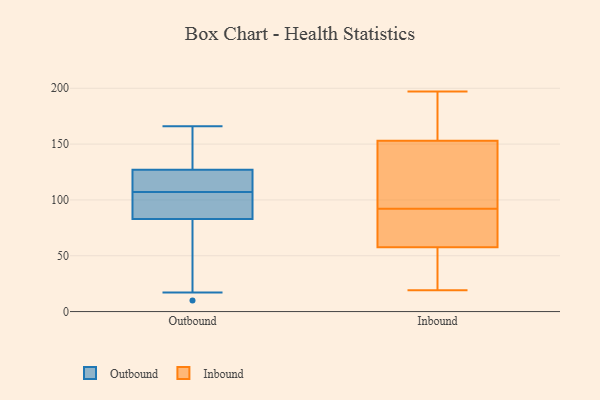
{"axis": {"x": "Budget (USD K)", "y": "Value"}, "legend": ["Inbound", "Outbound"], "data": [{"x": "", "y": 125, "type": "Outbound"}, {"x": "", "y": 166, "type": "Outbound"}, {"x": "", "y": 97, "type": "Outbound"}, {"x": "", "y": 89, "type": "Outbound"}, {"x": "", "y": 92, "type": "Outbound"}, {"x": "", "y": 119, "type": "Outbound"}, {"x": "", "y": 10, "type": "Outbound"}, {"x": "", "y": 65, "type": "Outbound"}, {"x": "", "y": 107, "type": "Outbound"}, {"x": "", "y": 110, "type": "Outbound"}, {"x": "", "y": 119, "type": "Outbound"}, {"x": "", "y": 63, "type": "Outbound"}, {"x": "", "y": 136, "type": "Outbound"}, {"x": "", "y": 17, "type": "Outbound"}, {"x": "", "y": 163, "type": "Outbound"}, {"x": "", "y": 90, "type": "Outbound"}, {"x": "", "y": 133, "type": "Outbound"}, {"x": "", "y": 87, "type": "Inbound"}, {"x": "", "y": 157, "type": "Inbound"}, {"x": "", "y": 91, "type": "Inbound"}, {"x": "", "y": 149, "type": "Inbound"}, {"x": "", "y": 197, "type": "Inbound"}, {"x": "", "y": 178, "type": "Inbound"}, {"x": "", "y": 47, "type": "Inbound"}, {"x": "", "y": 19, "type": "Inbound"}, {"x": "", "y": 68, "type": "Inbound"}, {"x": "", "y": 24, "type": "Inbound"}, {"x": "", "y": 93, "type": "Inbound"}, {"x": "", "y": 100, "type": "Inbound"}]}